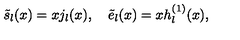
\tilde { s } _ { l } ( x ) = x j _ { l } ( x ) , \quad \tilde { e } _ { l } ( x ) = x h _ { l } ^ { ( 1 ) } ( x ) ,